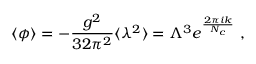
\langle \phi \rangle = - \frac { g ^ { 2 } } { 3 2 \pi ^ { 2 } } \langle \lambda ^ { 2 } \rangle = \Lambda ^ { 3 } e ^ { \frac { 2 \pi i k } { N _ { c } } } \ ,